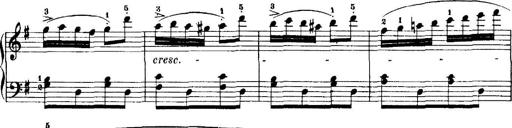
Title: 7 Sonatinas
Composer: Anton Diabelli